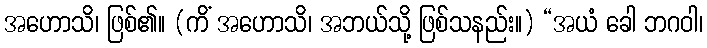
အဟောသိ၊ ဖြစ်၏။ (ကိံ အဟောသိ၊ အဘယ်သို့ ဖြစ်သနည်း။) “အယံ ခေါ ဘဂဝါ၊